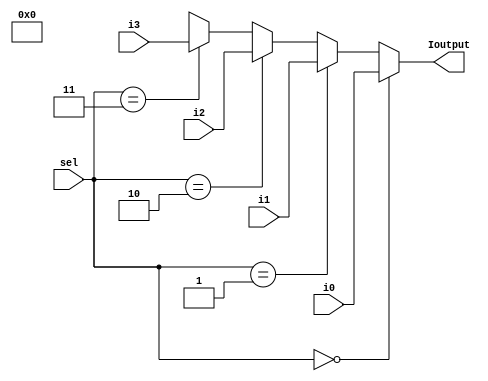
module mux_41_32b (i0,i1,i2,i3,sel,Ioutput);
input [31:0] i0,i1,i2,i3;
input [1:0] sel;
output [31:0] Ioutput;

assign Ioutput =(sel==2'b00) ? i0:
	 	(sel==2'b01) ? i1:
		(sel==2'b10) ? i2:
	 	(sel==2'b11) ? i3: 1'bx;

endmodule